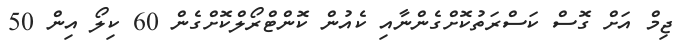
ޖިމް އަށް ގޮސް ކަސްރަތުކޮށްގެންނާއި ކެއުން ކޮންޓްރޯލްކޮށްގެން 60 ކިލޯ އިން 50